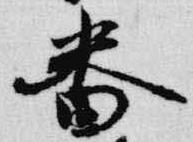
番